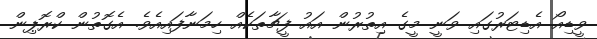
ވީޑިއޯ އެޑިޓަރުގައި ވަނީ މީގެ އިތުރުން އައު ފީޗާތަކެއް ހިމަނާފައިއެވެ. އެގޮތުން ކްރޮޕިން